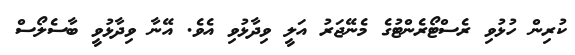
ކުރިން ހުޅުވި ރެސްޓޯރެންޓުގެ މެނޭޖަރު އަލީ ވިދާޅުވި އެވެ. އޭނާ ވިދާޅުވީ ބާސެލޯސް